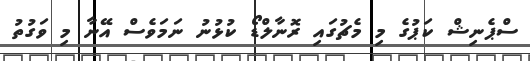
ސްޕެނިޝް ކަޕުގެ މި މެޗުގައި ރޮނާލްޑޯ ކުޅުނު ނަމަވެސް އޭނާ މި ވަގުތު